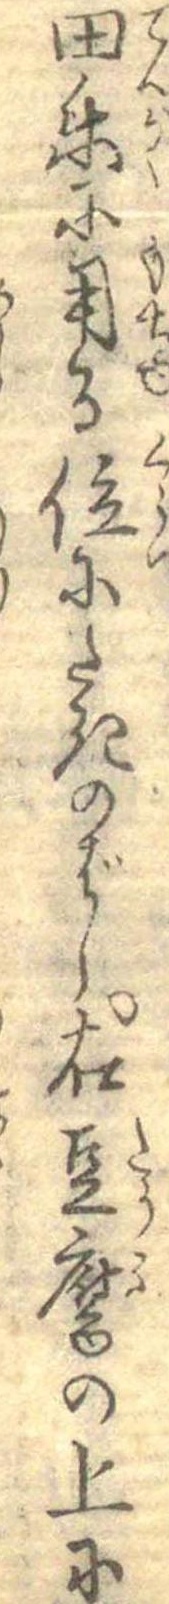
田楽に用る位にたきのばし右豆腐の上に